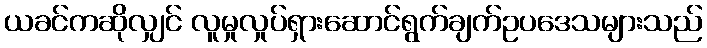
ယခင်ကဆိုလျှင် လူမှုလှုပ်ရှားဆောင်ရွက်ချက်ဥပဒေသများသည်